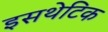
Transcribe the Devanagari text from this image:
इसथेटिक